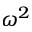
\omega ^ { 2 }